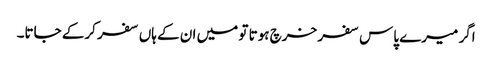
اگر میرے پاس سفر خرچ ہوتا تو میں ان کے ہاں سفر کرکے جاتا۔